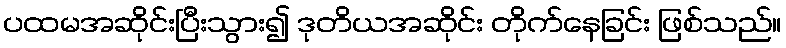
ပထမအဆိုင်းပြီးသွား၍ ဒုတိယအဆိုင်း တိုက်နေခြင်း ဖြစ်သည်။